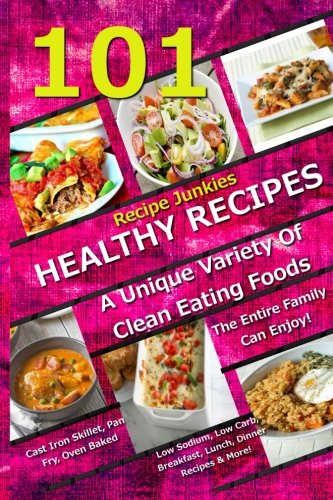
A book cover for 101 Healthy Recipes - A Unique Variety Of Clean Eating Foods The Entire Family Can Enjoy!: Cast Iron Skillet, Pan Fry, Oven Baked, Low Sodium, Low ... (Recipe Junkies - Cookbooks - Recipe Books); Recipe Junkies; Cookbooks, Food & Wine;